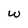
Character: w